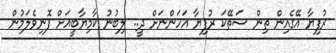
ރުފިޔާ އޭގެއިން ތިން ސަތޭކަ ރުފިޔާ އަހަންނަށް ދީ.. ލިބުނު ކާމިޔާބީއަށް ފޮނިވެލަމުން